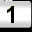
Digit: 1